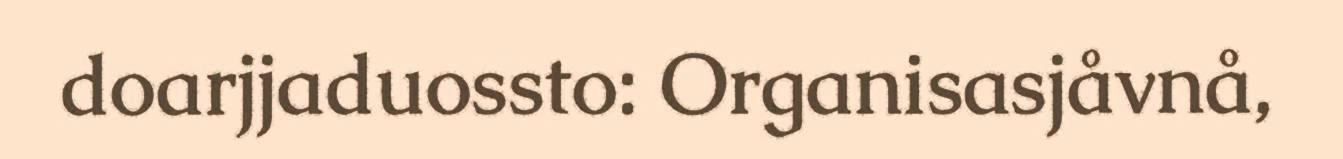
doarjjaduossto: Organisasjåvnå,